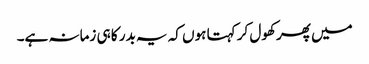
میں پھر کھول کر کہتا ہوں کہ یہ بدر کا ہی زمانہ ہے۔